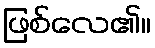
ဖြစ်လေ၏။